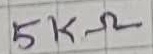
Text: 5KΩ